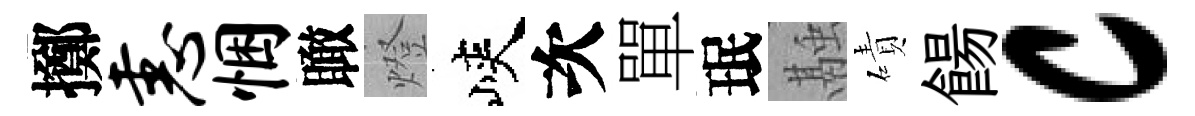
擲恚悃瞰燈峽次單珉融磧餳c